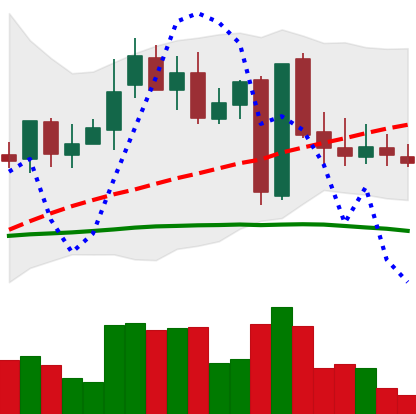
Ticker: LINK-USD
Chart end date: 2019-03-03
Forward return: 9.91%
Label: up_7plus